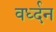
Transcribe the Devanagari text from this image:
वर्ध्दन